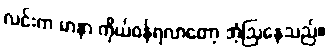
လင်းက မာနာ ကိုယ်ဝန်ရလာတော့ အံ့ဩနေသည်။